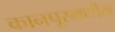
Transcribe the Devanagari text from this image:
कानपूरमधील